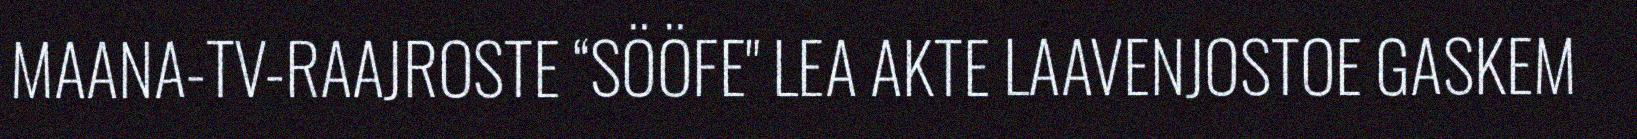
MAANA-TV-RAAJROSTE “SÖÖFE" LEA AKTE LAAVENJOSTOE GASKEM